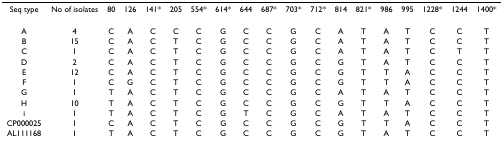
<table><thead><tr><td><b>Seq type</b></td><td><b>No of isolates</b></td><td><b>80</b></td><td><b>126</b></td><td><b>141*</b></td><td><b>205</b></td><td><b>554*</b></td><td><b>614*</b></td><td><b>644</b></td><td><b>687*</b></td><td><b>703*</b></td><td><b>712*</b></td><td><b>814</b></td><td><b>821*</b></td><td><b>986</b></td><td><b>995</b></td><td><b>1228*</b></td><td><b>1244</b></td><td><b>1400*</b></td></tr></thead><tbody><tr><td>A</td><td>4</td><td>C</td><td>A</td><td>C</td><td>C</td><td>C</td><td>G</td><td>C</td><td>C</td><td>G</td><td>C</td><td>A</td><td>T</td><td>A</td><td>T</td><td>C</td><td>C</td><td>T</td></tr><tr><td>B</td><td>15</td><td>C</td><td>A</td><td>C</td><td>T</td><td>C</td><td>G</td><td>C</td><td>C</td><td>G</td><td>C</td><td>A</td><td>T</td><td>A</td><td>T</td><td>C</td><td>C</td><td>T</td></tr><tr><td>C</td><td>1</td><td>C</td><td>A</td><td>C</td><td>T</td><td>C</td><td>G</td><td>C</td><td>C</td><td>G</td><td>C</td><td>A</td><td>T</td><td>A</td><td>T</td><td>C</td><td>T</td><td>T</td></tr><tr><td>D</td><td>2</td><td>C</td><td>A</td><td>C</td><td>T</td><td>C</td><td>G</td><td>C</td><td>C</td><td>G</td><td>C</td><td>G</td><td>T</td><td>A</td><td>T</td><td>C</td><td>C</td><td>T</td></tr><tr><td>E</td><td>12</td><td>C</td><td>A</td><td>C</td><td>T</td><td>C</td><td>G</td><td>C</td><td>C</td><td>G</td><td>C</td><td>G</td><td>T</td><td>T</td><td>A</td><td>C</td><td>C</td><td>T</td></tr><tr><td>F</td><td>1</td><td>C</td><td>G</td><td>C</td><td>T</td><td>C</td><td>G</td><td>C</td><td>C</td><td>G</td><td>C</td><td>G</td><td>T</td><td>T</td><td>A</td><td>C</td><td>C</td><td>T</td></tr><tr><td>G</td><td>1</td><td>T</td><td>A</td><td>C</td><td>T</td><td>C</td><td>G</td><td>C</td><td>C</td><td>G</td><td>C</td><td>A</td><td>T</td><td>A</td><td>T</td><td>C</td><td>C</td><td>T</td></tr><tr><td>H</td><td>10</td><td>T</td><td>A</td><td>C</td><td>T</td><td>C</td><td>G</td><td>C</td><td>C</td><td>G</td><td>C</td><td>G</td><td>T</td><td>T</td><td>A</td><td>C</td><td>C</td><td>T</td></tr><tr><td>i</td><td>1</td><td>T</td><td>A</td><td>C</td><td>T</td><td>C</td><td>G</td><td>T</td><td>C</td><td>G</td><td>C</td><td>A</td><td>T</td><td>A</td><td>T</td><td>C</td><td>C</td><td>T</td></tr><tr><td>CP000025</td><td>1</td><td>C</td><td>A</td><td>C</td><td>T</td><td>C</td><td>G</td><td>C</td><td>C</td><td>G</td><td>C</td><td>G</td><td>T</td><td>T</td><td>A</td><td>C</td><td>C</td><td>T</td></tr><tr><td>AL111168</td><td>1</td><td>T</td><td>A</td><td>C</td><td>T</td><td>C</td><td>G</td><td>C</td><td>C</td><td>G</td><td>C</td><td>G</td><td>T</td><td>A</td><td>T</td><td>C</td><td>C</td><td>T</td></tr></tbody></table>